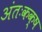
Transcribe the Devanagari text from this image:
अंतःकक्ष